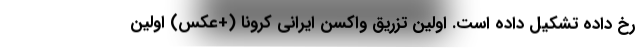
رخ داده تشکیل داده است. اولین تزریق واکسن ایرانی کرونا (+عكس) اولین